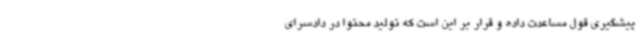
پیشگیری قول مساعدت داده و قرار بر این است که تولید محتوا در دادسرای